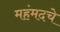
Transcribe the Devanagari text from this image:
महंमदचे